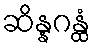
ဆိန္နဂန္ထံ